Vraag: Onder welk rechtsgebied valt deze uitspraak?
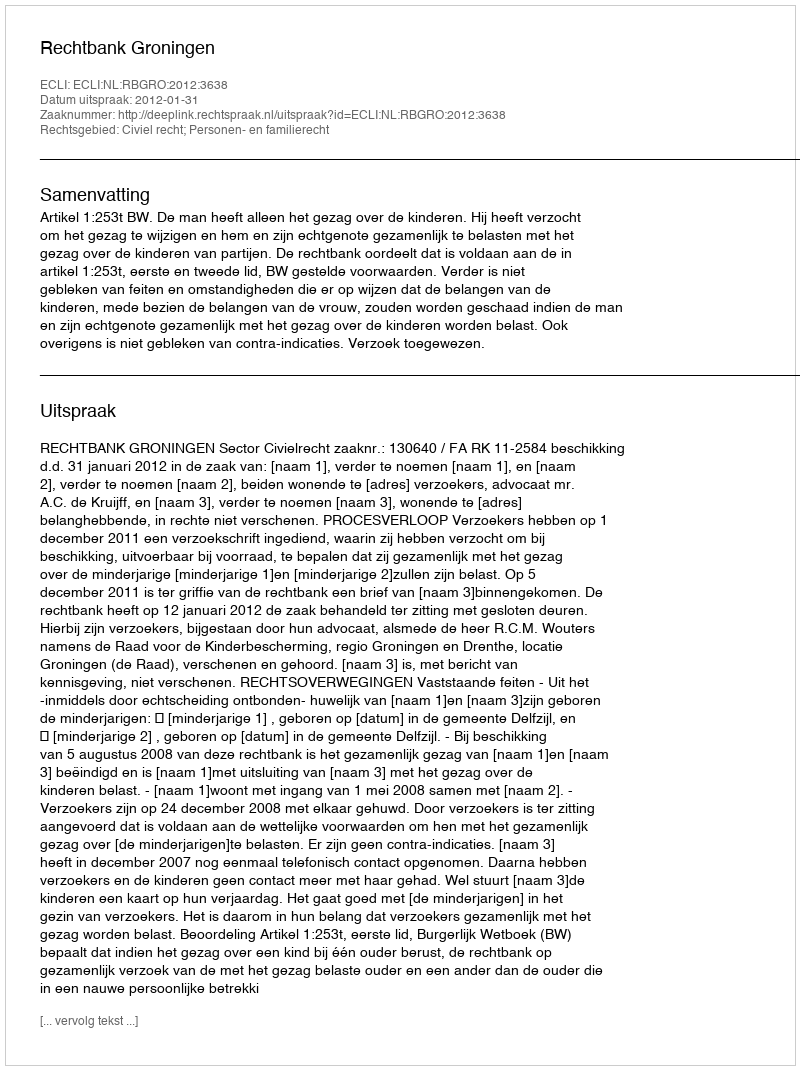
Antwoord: Civiel recht; Personen- en familierecht